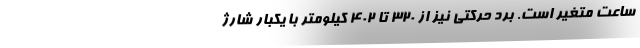
ساعت متغیر است. برد حرکتی نیز از 320 تا 402 کیلومتر با یکبار شارژ